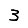
Digit: 3